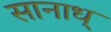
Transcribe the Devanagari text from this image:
सानाध्